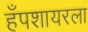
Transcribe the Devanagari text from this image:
हँपशायरला